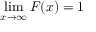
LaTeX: \operatorname* { l i m } _ { x \rightarrow \infty } F ( x ) = 1